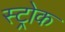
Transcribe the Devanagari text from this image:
स्‍ट्रोक